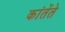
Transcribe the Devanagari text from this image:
कांतेंते